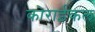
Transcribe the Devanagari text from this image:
कोराईकल